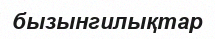
бызынгилықтар